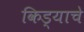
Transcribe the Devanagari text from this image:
किड्याचे